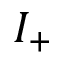
I _ { + }